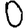
Digit: 0